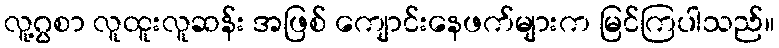
လူ့ဂွစာ လူထူးလူဆန်း အဖြစ် ကျောင်းနေဖက်များက မြင်ကြပါသည်။